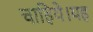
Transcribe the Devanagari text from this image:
चाहिये।यह